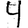
Digit: 4